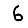
Digit: 6